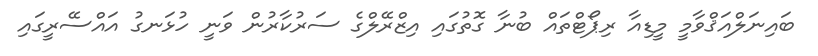
ބައިނަލްއަޤްވާމީ މީޑިއާ ރިޕޯޓްތައް ބުނާ ގޮތުގައި އިޒްރޭލްގެ ސަރުކާރުން ވަނީ ހުޅަނގު އައްސޭރީގައި